Lunatic asylums Punjab 1881-1894 - 1881-1894
Year: 1881
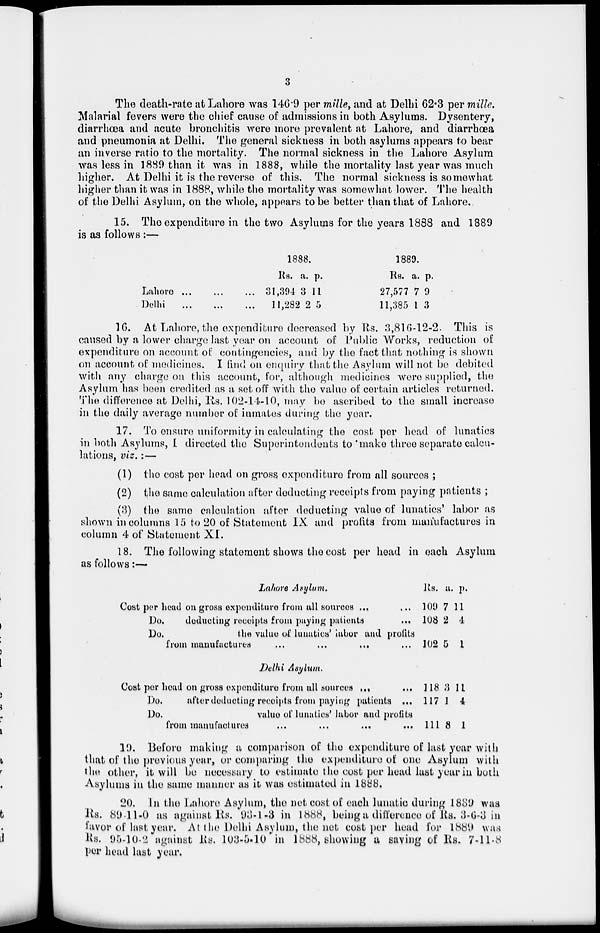
3
The death-rate at Lahore was 146.9 per mille, and at Delhi 62.3 per mille.
Malarial fevers were the chief cause of admissions in both Asylums. Dysentery,
diarrhœa and acute bronchitis were more prevalent at Lahore, and diarrhoea
and pneumonia at Delhi. The general sickness in both asylums appears to bear
an inverse ratio to the mortality. The normal sickness in the Lahore Asylum
was less in 1889 than it was in 1888, while the mortality last year was much
higher. At Delhi it is the reverse of this. The normal sickness is somewhat
higher than it was in 1888, while the mortality was somewhat lower. The health
of the Delhi Asylum, on the whole, appears to be better than that of Lahore.
15. The expenditure in the two Asylums for the years 1888 and 1889
is as follows :—
Lahore ... ... ...
Delhi
...
...
...
1888.
Rs.
31,394
11,282
a.
3
2
p.
11
5
1889.
Rs.
27,577
11,385
a.
7
1
p.
9
3
16. At Lahore, the expenditure decreased by Rs. 3,816-12-2. This is
caused by a lower charge last year on account of Public Works, reduction of
expenditure on account of contingencies, and by the fact that nothing is shown
on account of medicines. I find on enquiry that the Asylum will not be debited
with any charge on this account, for, although medicines were supplied, the
Asylum has been credited as a set off with the value of certain articles returned.
The difference at Delhi, Rs. 102-14-10, may be ascribed to the small increase
in the daily average number of inmates during the year.
17. To ensure uniformity in calculating the cost per head of lunatics
in both Asylums, I directed the Superintendents to make three separate calcu-
lations, viz. :—
(1) the cost per head on gross expenditure from all sources ;
(2) the same calculation after deducting receipts from paying patients ;
(3) the same calculation after deducting value of lunatics' labor as
shown in columns 15 to 20 of Statement IX and profits from manufactures in
column 4 of Statement XI.
18. The following statement shows the cost per head in each Asylum
as follows:—
Lahore Asylum.
Cost per head on gross expenditure from all sources ... ...
Do.
deducting receipts from paying patients ...
Do.
the
value
of lunatics' labor and profits
from manufactures
...
...
... ...
Delhi Asylum.
Cost per head on gross expenditure from all sources ... ...
Do.
after deducting receipts from paying patients ...
Do.
value of lunatics' labor and profits
from manufactures ... ... ... ...
Rs.
109
108
102
118
117
111
a.
7
2
5
3
1
8
p.
11
4
1
11
4
1
19. Before making a comparison of the expenditure of last year with
that of the previous year, or comparing the expenditure of one Asylum with
the other, it will be necessary to estimate the cost per head last year in both
Asylums in the same manner as it was estimated in 1888.
20. In the Lahore Asylum, the net cost of each lunatic during 1889 was
Rs. 89-11-0 as against Rs. 93-1-3 in 1888, being a difference of Rs. 3-6-3 in
favor of last year. At the Delhi Asylum, the net cost per head for 1889 was
Rs. 95-10-2 against Rs. 103-5-10 in 1888, showing a saving of Rs. 7-11-8
per head last year.